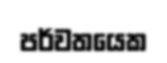
පර්වතයෙක